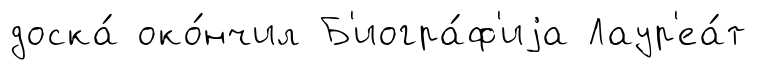
доска́ око́нчил Б'иогра́ф'иjа Лаур'еа́т